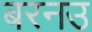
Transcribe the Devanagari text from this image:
बरनउ